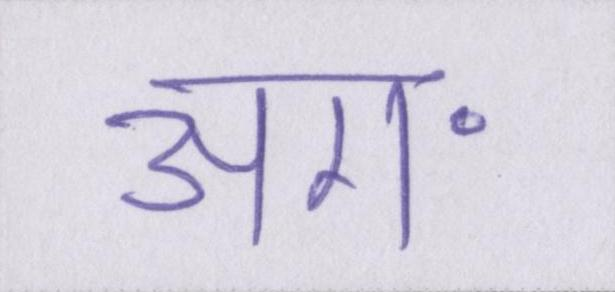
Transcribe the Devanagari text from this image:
अग॰